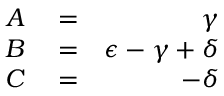
\begin{array} { r l r } { A } & { { } = } & { \gamma } \\ { B } & { { } = } & { \epsilon - \gamma + \delta } \\ { C } & { { } = } & { - \delta } \end{array}